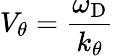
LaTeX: V_{\theta}=\frac{\omega_{\mathrm{D}}}{k_{\theta}}